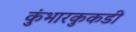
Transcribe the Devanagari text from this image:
कुंभारकुकडी